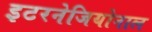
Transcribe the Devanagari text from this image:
इटरनेजियोनाल